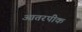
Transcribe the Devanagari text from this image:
आतरपीक